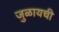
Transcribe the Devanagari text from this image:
जुळायची